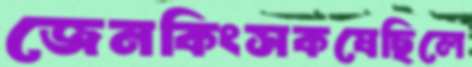
জেনকিংসকষেছিলে